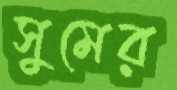
সুমের